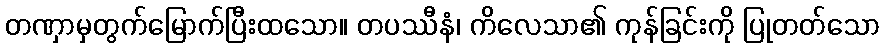
တဏှာမှတွက်မြောက်ပြီးထသော။ တပဿီနံ၊ ကိလေသာ၏ ကုန်ခြင်းကို ပြုတတ်သော